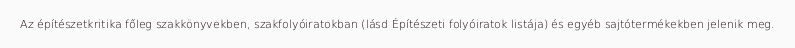
Az építészetkritika főleg szakkönyvekben, szakfolyóiratokban (lásd Építészeti folyóiratok listája) és egyéb sajtótermékekben jelenik meg.